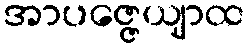
အာပဇ္ဇေယျာထ